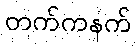
တက်ကနက်